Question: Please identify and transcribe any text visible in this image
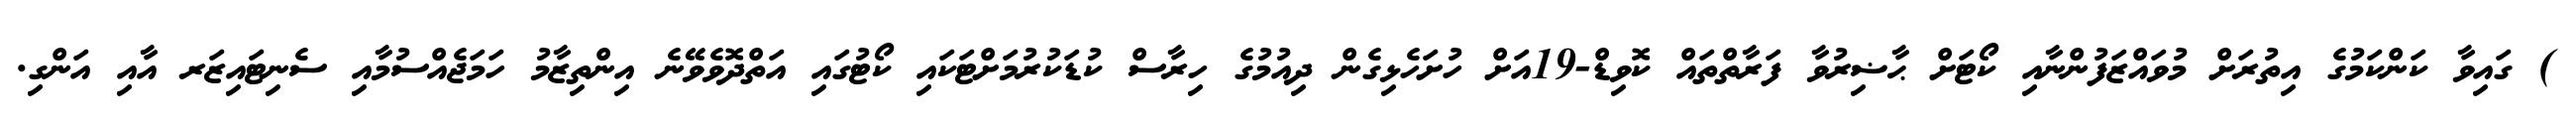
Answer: ) ގައިވާ ކަންކަމުގެ އިތުރަށް މުވައްޒަފުންނާއި ކޯޓަށް ޙާޟިރުވާ ފަރާތްތައް ކޮވިޑް-19އަށް ހުށަހެޅިގެން ދިއުމުގެ ހިރާސް ކުޑަކުރުމަށްޓަކައި ކޯޓުގައި އަތްދޮވެވޭނެ އިންތިޒާމު ހަމަޖެއްސުމާއި ސެނިޓައިޒަރ އާއި އަންގި.